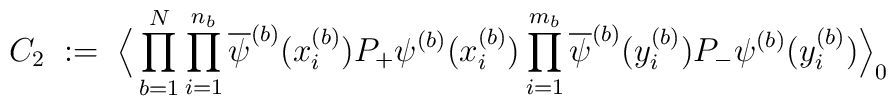
C_2 \; := \;\Big\langle \prod_{b=1}^N\prod_{i=1}^{n_b} \overline{\psi}^{(b)}(x^{(b)}_i )P_+ \psi^{(b)}(x^{(b)}_i )\prod_{i=1}^{m_b} \overline{\psi}^{(b)}(y^{(b)}_i )P_- \psi^{(b)}(y^{(b)}_i ) \Big\rangle_0